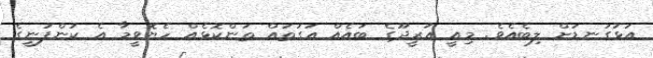
އަޅުގަނޑަށް ލިބެއެވެ. މިއީ އުރީދޫގެ ބައެއް އަގުތައް ތަންކޮޅެއް ހެޔޮވީމާ އެ ކުންފުނީގެ